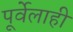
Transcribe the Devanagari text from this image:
पूर्वेलाही